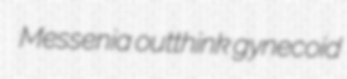
Messenia outthink gynecoid